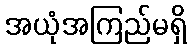
အယုံအကြည်မရှိ